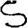
Digit: 5